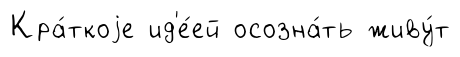
Кра́ткоjе ид'е́ей осозна́ть живу́т